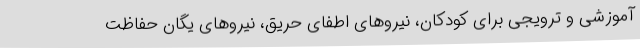
آموزشی و ترویجی برای کودکان، نیروهای اطفای حریق، نیروهای یگان حفاظت